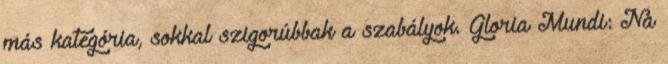
más kategória, sokkal szigorúbbak a szabályok. Gloria Mundi: Na